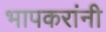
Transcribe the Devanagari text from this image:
भापकरांनी